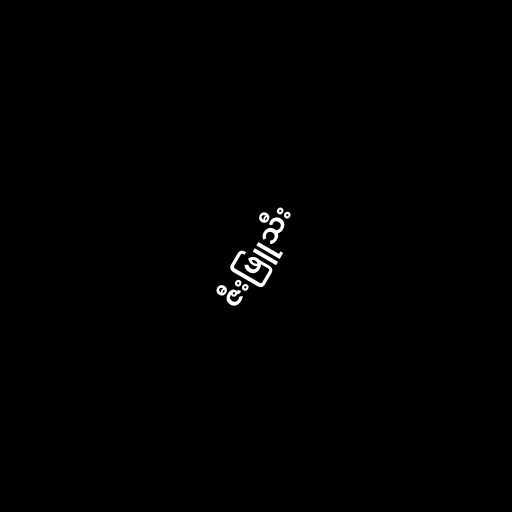
ဇီးဖြူသီး